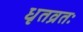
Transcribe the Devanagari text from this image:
धृतव्रतः